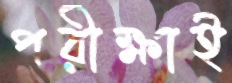
পরীক্ষাই